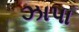
ઝાપા